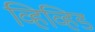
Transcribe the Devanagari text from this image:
व्हिव्हिड